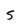
Character: 5